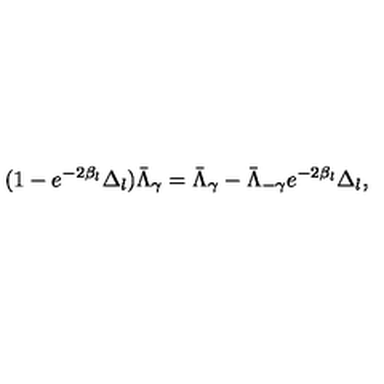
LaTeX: ( 1 - e ^ { - 2 \beta _ { l } } \Delta _ { l } ) \bar { \Lambda } _ { \gamma } = \bar { \Lambda } _ { \gamma } - \bar { \Lambda } _ { - \gamma } e ^ { - 2 \beta _ { l } } \Delta _ { l } ,